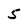
Character: 5